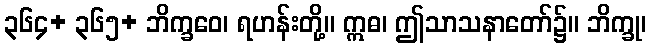
၃၆၄+ ၃၆၅+ ဘိက္ခဝေ၊ ရဟန်းတို့။ ဣဓ၊ ဤသာသနာတော်၌။ ဘိက္ခု၊